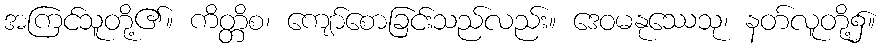
အကြင်သူတို့၏။ ကိတ္တိစ၊ ကျော်စောခြင်းသည်လည်း။ ဒေဝမနုဿေသု၊ နတ်လူတို့၌။